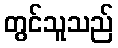
တွင်သူသည်